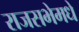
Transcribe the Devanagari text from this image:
राजसभेमधे